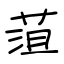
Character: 菹